Plague in India, 1896, 1897 - Volume 1
Year: 1896
Disease focus: Plague
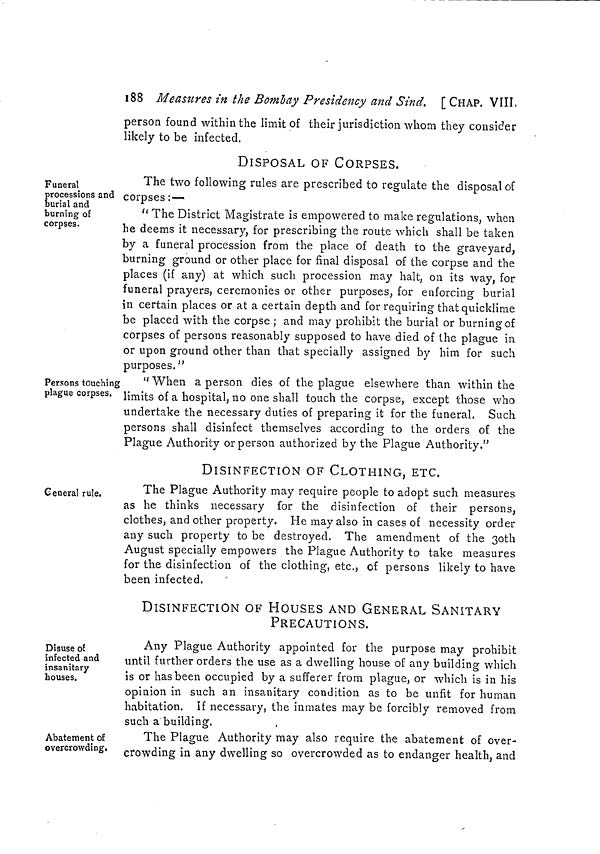
188 Measures m the Bombay Presidency and Sind. [CHAP. VIII.
person found within the limit of their jurisdiction whom they consider
likely to be infected.
Funeral
processions and
burial and
burning of
corpses.
DISPOSAL OF CORPSES.
The two following rules are prescribed to regulate the disposal of
corpses :—
" The District Magistrate is empowered to make regulations, when
he deems it necessary, for prescribing the route which shall be taken
by a funeral procession from the place of death to the graveyard,
burning ground or other place for final disposal of the corpse and the
places (if any) at which such procession may halt, on its way, for
funeral prayers, ceremonies or other purposes, for enforcing burial
in certain places or at a certain depth and for: requiring that quicklime
be placed with the corpse ; and may prohibit the burial or burning of
corpses of persons reasonably supposed to have died of the plague in
or upon ground other than that specially assigned by him for such
purposes."
Persons touching
plague corpses.
" When a person dies of the plague elsewhere than within the
limits of a hospital, no one shall touch the corpse, except those who
undertake the necessary duties of preparing it for the funeral. Such
persons shall disinfect themselves according to the orders of the
Plague Authority or person authorized by the Plague Authority."
General rule.
DISINFECTION OF CLOTHING, ETC.
The Plague Authority may require people to adopt such measures
as he thinks necessary for the disinfection of their persons,
clothes, and other property. He may also in cases of necessity order
any such property to be destroyed. The amendment of the 30th
August specially empowers the Plague Authority to take measures
for the disinfection of the clothing, etc., of persons likely to have
been infected.
Disuse of
infected and
insanitary
houses.
DISINFECTION OF HOUSES AND GENERAL SANITARY
PRECAUTIONS.
Any Plague Authority appointed for the purpose may prohibit
until further orders the use as a dwelling house of any building which
is or has been occupied by a sufferer from plague, or which is in his
opinion in such an insanitary condition as to be unfit for human
habitation. If necessary, the inmates may be forcibly removed from
such a building.
Abatement of
overcrowding.
The Plague Authority may also require the abatement of over-
crowding in any dwelling so overcrowded as to endanger health, and